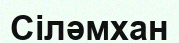
Сіләмхан